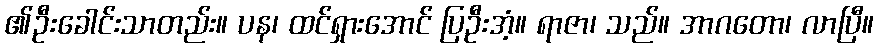
၏ဦးခေါင်းသာတည်း။ ပန၊ ထင်ရှားအောင် ပြဦးအံ့။ ရာဇာ၊ သည်။ အာဂတော၊ လာပြီ။